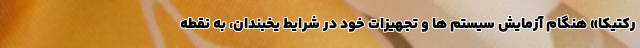
رکتیکا» هنگام آزمایش سیستم ها و تجهیزات خود در شرایط یخبندان، به نقطه